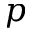
p